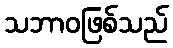
သဘာဝဖြစ်သည်